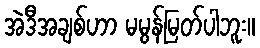
အဲဒီအချစ်ဟာ မမွန်မြတ်ပါဘူး။